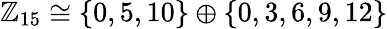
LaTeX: \mathbb{Z}_{15}\cong\{ 0,5,10\} \oplus\{ 0,3,6,9,12\}